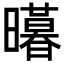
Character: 𭨊